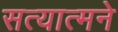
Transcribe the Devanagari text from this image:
सत्यात्मने